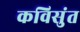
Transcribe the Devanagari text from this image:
कविसुंत